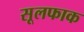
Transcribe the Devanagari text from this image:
सूलफाक